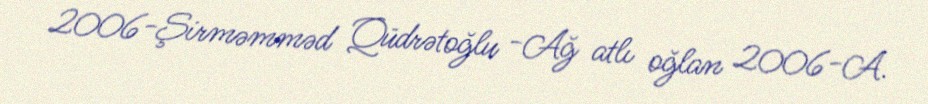
2006-Şirməmməd Qüdrətoğlu -Ağ atlı oğlan 2006-A.